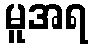
မူအရ